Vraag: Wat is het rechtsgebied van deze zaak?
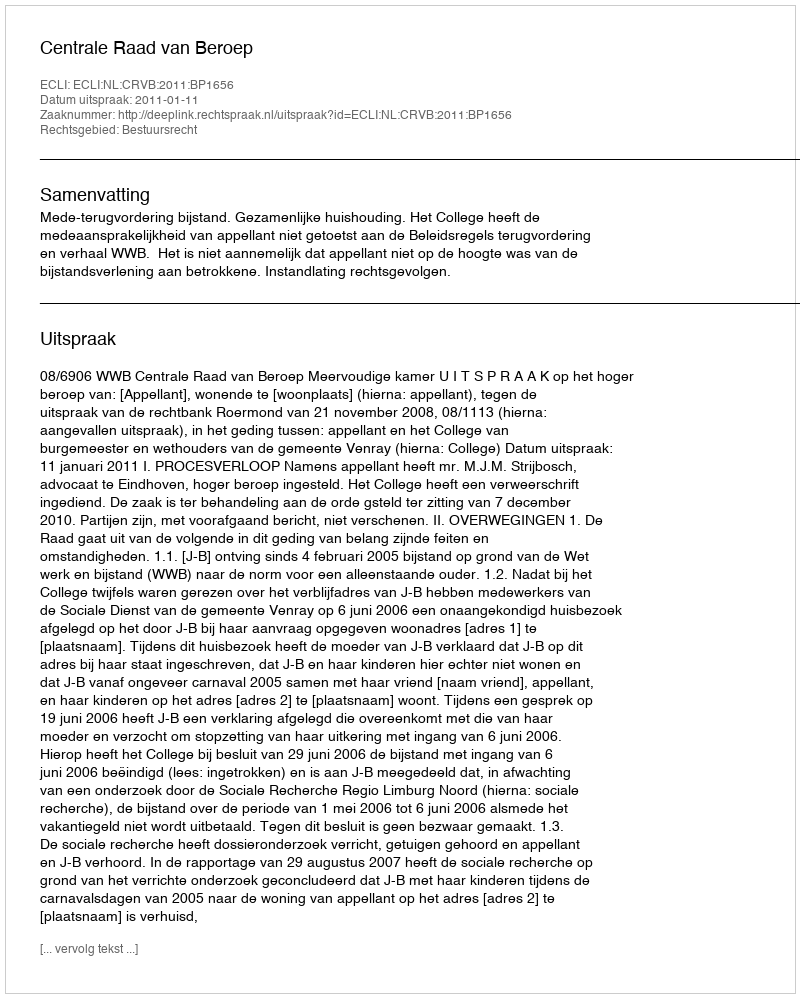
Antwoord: Bestuursrecht